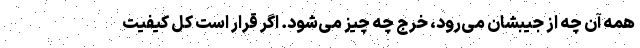
همه آن چه از جیبشان می‌رود، خرج چه چیز می‌شود. اگر قرار است کل کیفیت